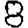
Digit: 8